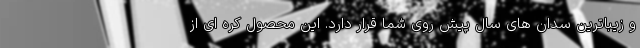
و زیباترین سدان های سال پیش روی شما قرار دارد. این محصول کره ای از